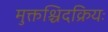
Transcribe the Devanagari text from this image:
मुक्तश्चिदक्रियः